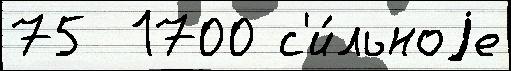
75  1700 с'и́льноjе